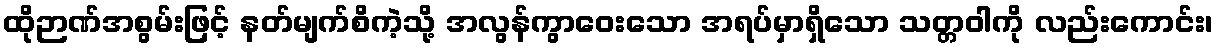
ထိုဉာဏ်အစွမ်းဖြင့် နတ်မျက်စိကဲ့သို့ အလွန်ကွာဝေးသော အရပ်မှာရှိသော သတ္တဝါကို လည်းကောင်း၊